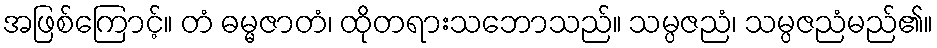
အဖြစ်ကြောင့်။ တံ ဓမ္မဇာတံ၊ ထိုတရားသဘောသည်။ သမ္ပဇညံ၊ သမ္ပဇညံမည်၏။